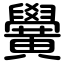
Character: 黌